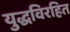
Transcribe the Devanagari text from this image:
युद्धविरहित